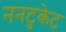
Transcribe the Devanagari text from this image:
ननटुकेट